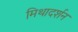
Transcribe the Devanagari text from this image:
मिथादर्शन